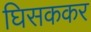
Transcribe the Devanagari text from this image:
घिसककर